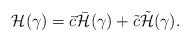
LaTeX: \begin{align*}{\cal H}(\gamma) = \bar{c} \bar{\cal H}(\gamma) + \tilde{c} \tilde{\cal H}(\gamma).\end{align*}